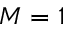
M = 1